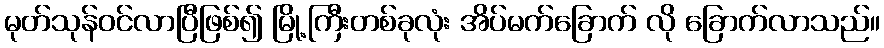
မုတ်သုန်ဝင်လာပြီဖြစ်၍ မြို့ကြီးတစ်ခုလုံး အိပ်မက်ခြောက် လို ခြောက်လာသည်။